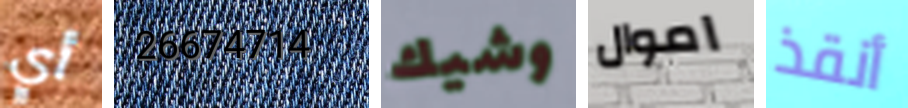
أي 26674714 وشيك اموال أنقذ